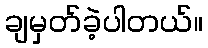
ချမှတ်ခဲ့ပါတယ်။